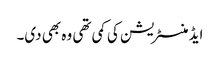
ایڈمنسٹریشن کی کمی تھی وہ بھی دی۔